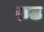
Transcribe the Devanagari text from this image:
रुठ